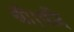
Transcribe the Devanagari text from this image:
थी।यदि